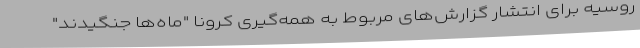
روسیه برای انتشار گزارش‌های مربوط به همه‌گیری کرونا "ماه‌ها جنگیدند"